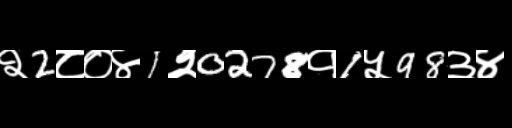
Text: २2८०४1२0278१1५98३४